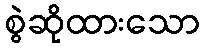
စွဲဆိုထားသော